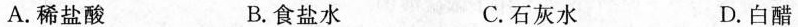
A.稀盐酸 B.食盐水 C.石灰水 D.白醋